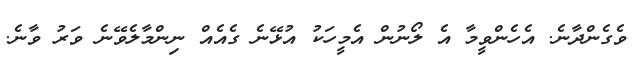
ވެގެންދާނެ. އެހެންވީމާ އެ ލޯނުން އެމީހަކު އުޅޭނެ ގެއެއް ނިންމާލެވޭނެ ވަރު ވާނެ.